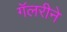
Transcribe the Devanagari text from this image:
गॅलरीने